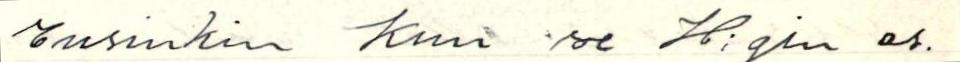
Ensinkin kun se H:gin as.